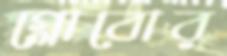
গ্লোবোর